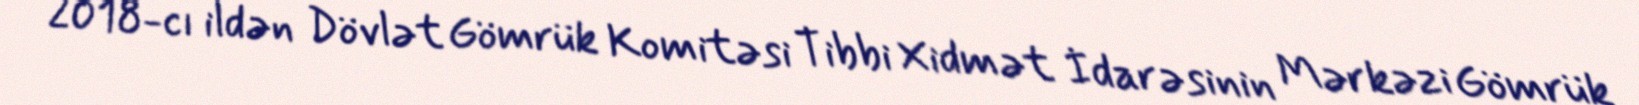
2018-cı ildən Dövlət Gömrük Komitəsi Tibbi Xidmət İdarəsinin Mərkəzi Gömrük